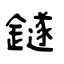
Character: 鐩